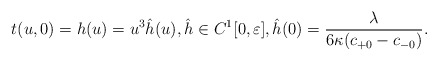
\begin{align*} t(u,0)=h(u)=u^3\hat{h}(u),\hat{h}\in C^1[0,\varepsilon],\hat{h}(0)=\frac{\lambda}{6\kappa(c_{+0}-c_{-0})}.\end{align*}